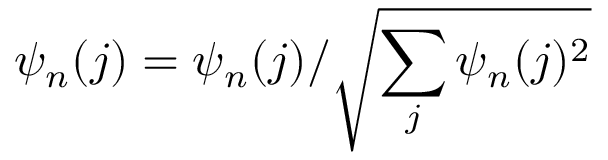
\psi _ { n } ( j ) = \psi _ { n } ( j ) / \sqrt { \sum _ { j } \psi _ { n } ( j ) ^ { 2 } }